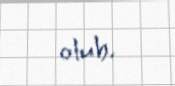
olub.